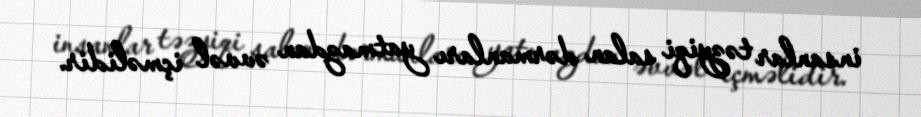
insanlar təzyiqi salan dərmanları yatmazdan əvvəl içməlidir.